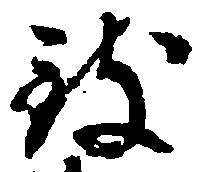
致